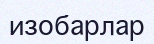
изобарлар